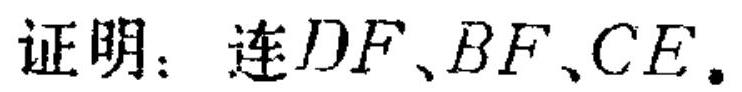
证明：连 \(DF\)、\(BF\)、\(CE\).